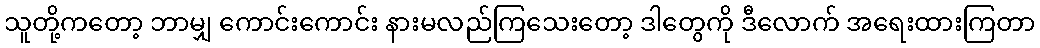
သူတို့ကတော့ ဘာမျှ ကောင်းကောင်း နားမလည်ကြသေးတော့ ဒါတွေကို ဒီလောက် အရေးထားကြတာ